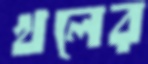
খলের